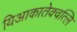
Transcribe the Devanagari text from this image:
यिआकातेक्वत्लि